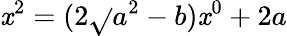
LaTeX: \mathit{x}^{2}=(2{\sqrt{}{{a^{2}-b}}})\mathit{x}^{0}+2a